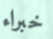
خبراء